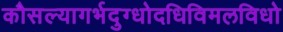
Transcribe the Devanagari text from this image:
कौसल्यागर्भदुग्धोदधिविमलविधो